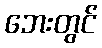
ဘေးတွင်